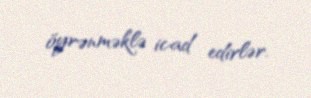
öyrənməklə icad edirlər.